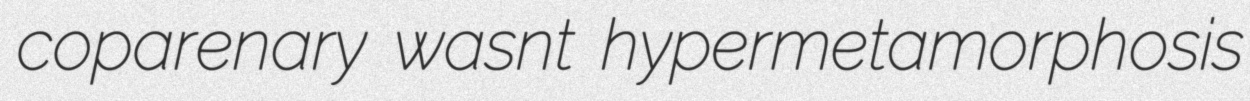
coparenary wasnt hypermetamorphosis